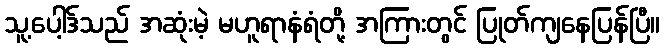
သူ့ပေါ့ဒ်သည် အဆုံးမဲ့ မဟူရာနံရံတို့ အကြားတွင် ပြုတ်ကျနေပြန်ပြီ။